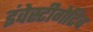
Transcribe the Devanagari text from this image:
इंवेस्टीगेटिव